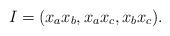
LaTeX: \begin{align*}I = (x_ax_b, x_ax_c, x_bx_c).\end{align*}